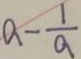
a - \frac { 1 } { a }